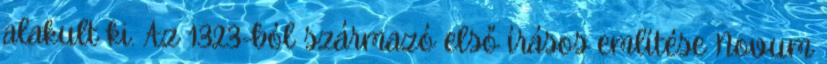
alakult ki. Az 1323-ból származó első írásos említése Novum